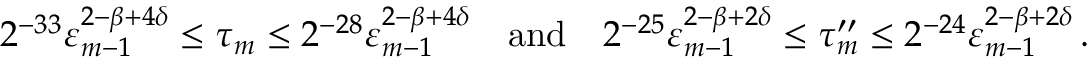
2 ^ { - 3 3 } \varepsilon _ { m - 1 } ^ { 2 - \beta + 4 \delta } \leq \tau _ { m } \leq 2 ^ { - 2 8 } \varepsilon _ { m - 1 } ^ { 2 - \beta + 4 \delta } \quad \mathrm { a n d } \quad 2 ^ { - 2 5 } \varepsilon _ { m - 1 } ^ { 2 - \beta + 2 \delta } \leq \tau _ { m } ^ { \prime \prime } \leq 2 ^ { - 2 4 } \varepsilon _ { m - 1 } ^ { 2 - \beta + 2 \delta } \, .